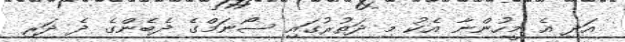
އަދި އެ މީހުންނާ އެކު މި ދަތުރުގައި ސޯނަމްގެ ދެބެންގެ ދެ ދަރި